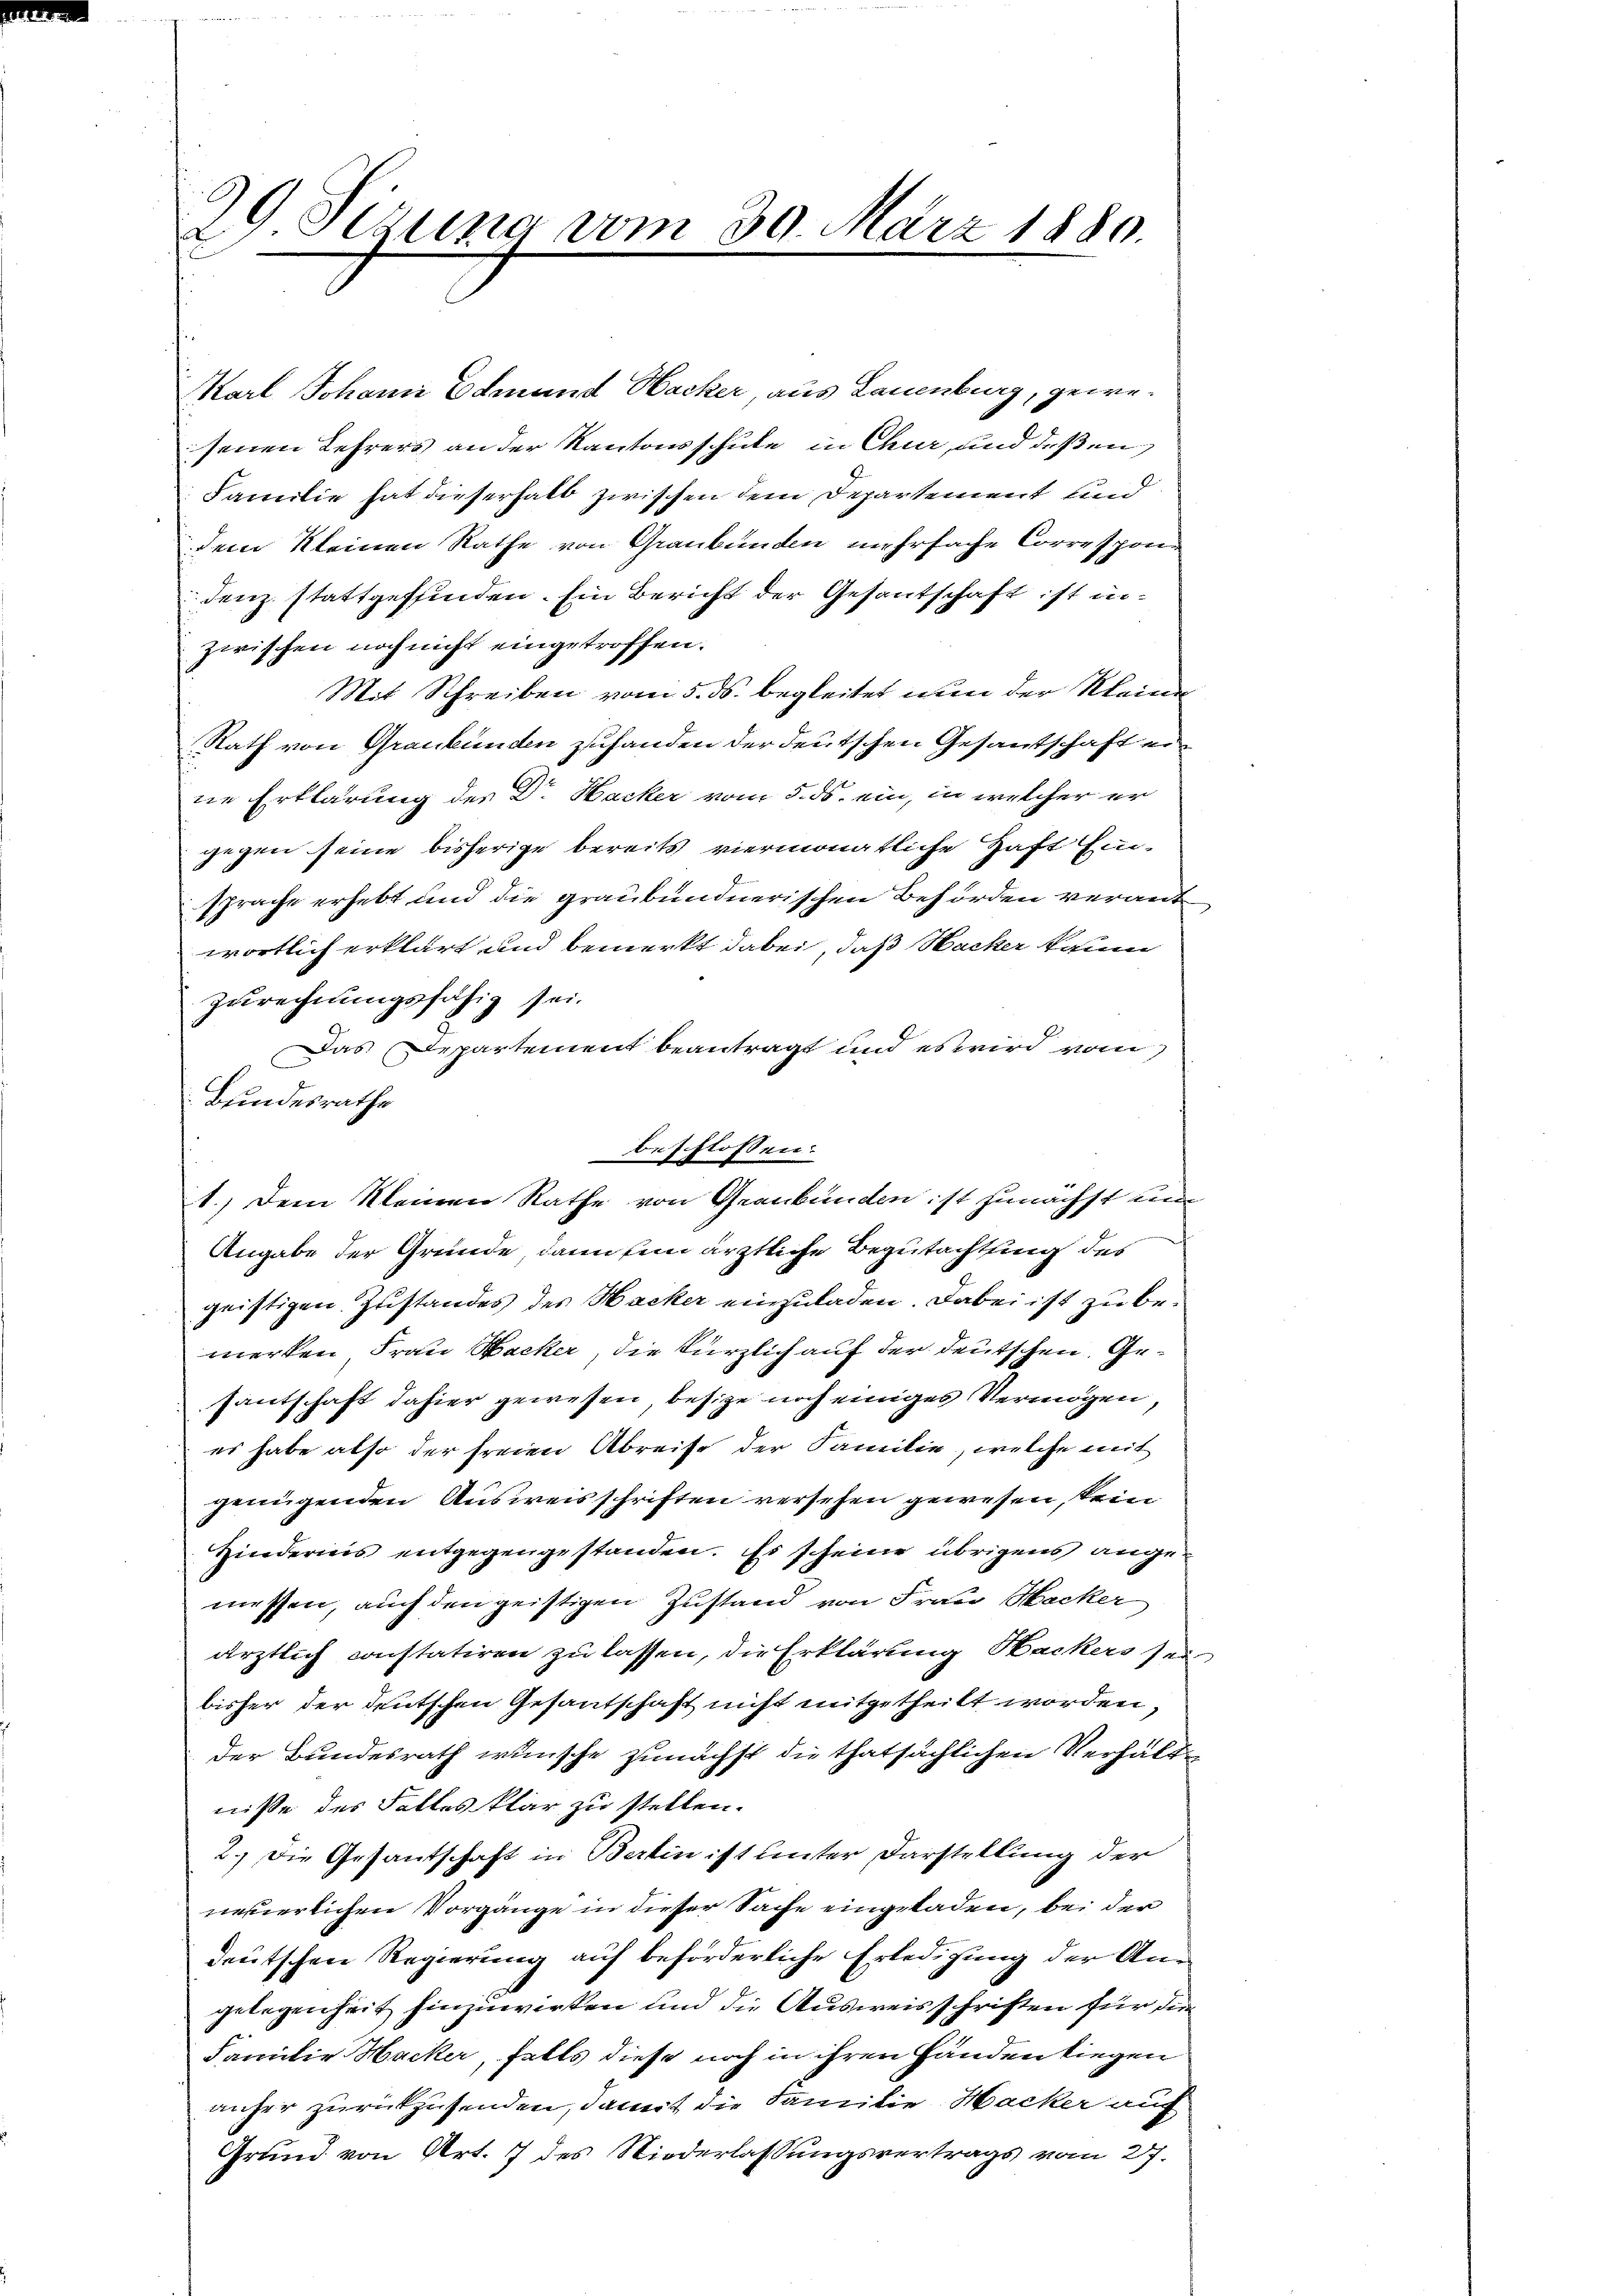
99 Sizung vom 30. März 1880.

Karl Johann Edmund Hacker aus Lauenburg, gewesenen Lehrers an der Kantonsschule in Chur, und deßen
Familie hat dieserhalb zwischen dem Departement und
dem kleinen Rathe von Graubünden mehrfache Correspondenz stattgeffinden. Ein Bericht der Gesantschaft ist inzwischen noch nicht eingetroffen.
Mit Schreiben vom 5. ds. begleitet nun der Kleine
Rath von Graubünden zuhanden der deutschen Gesantschaft er
ne Erklärung des Dr. Hacker vom 5. ds. ein, in welcher er
gegen seine bisherige bereits viermonatliche Haft Hunsprache erhebt und die graubündnerischen Behörden verant
wortlich erklärt und bemerkt dabei, daß Hacker kaum
zurechnungsfähig sei.
Das Departement beantragt und es wird vom
Bundesrathe
c
Angabe der Gründe, dann fin ärztliche Begutachtung des
geistigen Zustandes des Hacker einzuladen. Dabei ist zu bemerken, Frau Backer, die kürzlich auf der deutschen Gesantschaft dahier gewesen besize noch einiges Vermögen,
es habe also der freien Abreise der Familie, welche mit
genügenden Ausweisschriften versehen gewesen, kein
Kindernis entgegengestanden. Es scheine übrigens angemessen, auch den geistigen Zustand von Frau Hacker
ärztlich constatiren zu lassen, die Erklärung Hackers sei
bisher der deutschen Gesantschaft nicht mitgetheilt worden,
der Bundesrath wünsche zunächst die thatsächlichen Verhältniße des Falles klar zu stellen.
2.) Die Gesantschaft in Bertin ist unter Darstellung der
nevierlichen Vorgänge in dieser Sache eingeladen, bei der
deutschen Regierung auf beförderliche Erledigung der Angelegenheit hinzuwirken und die Ausweisschriften für den
Familie Hacker, falls diese noch in ihren Händen liegen
anher zurückzusenden, damit die Familie Hacker auf
Grund von Art. 7 des Niederlassungsvertrags vom 27.

beschlossen:
1.) Dem Kleinen Rathe von Graubünden ist zunächst um